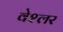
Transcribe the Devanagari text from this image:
वेश्लर